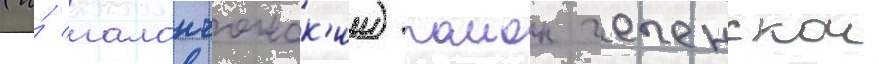
(и́ галанчожск'ии) раион чеченскои